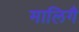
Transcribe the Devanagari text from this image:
मालिगै